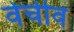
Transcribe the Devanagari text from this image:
वेचीव